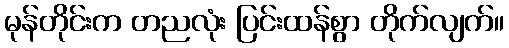
မုန်တိုင်းက တညလုံး ပြင်းထန်စွာ တိုက်လျက်။